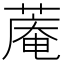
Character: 蓭